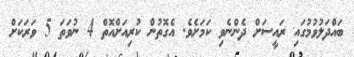
ބައްދަލުވުމުގައި ރައީސަށް ދެންނެވި ކަމަށެވެ. އެގޮތުން ކުރިއަށްއޮތް 4 ނުވަތަ 5 ވަރަކަށް